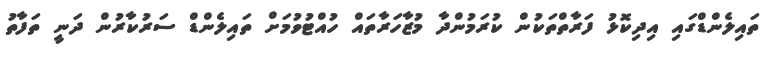
ތައިލެންޑްގައި އިދިކޮޅު ފަރާތްތަކުން ކުރަމުންދާ މުޒާހަރާތައް ހުއްޓުވުމަށް ތައިލެންޑް ސަރުކާރުން ދަނީ ތަފާތު